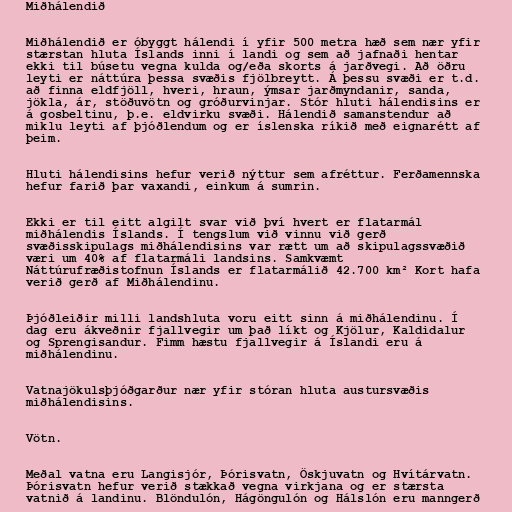
Miðhálendið

Miðhálendið er óbyggt hálendi í yfir 500 metra hæð sem nær yfir
stærstan hluta Íslands inni í landi og sem að jafnaði hentar
ekki til búsetu vegna kulda og/eða skorts á jarðvegi. Að öðru
leyti er náttúra þessa svæðis fjölbreytt. Á þessu svæði er t.d.
að finna eldfjöll, hveri, hraun, ýmsar jarðmyndanir, sanda,
jökla, ár, stöðuvötn og gróðurvinjar. Stór hluti hálendisins er
á gosbeltinu, þ.e. eldvirku svæði. Hálendið samanstendur að
miklu leyti af þjóðlendum og er íslenska ríkið með eignarétt af
þeim.

Hluti hálendisins hefur verið nýttur sem afréttur. Ferðamennska
hefur farið þar vaxandi, einkum á sumrin.

Ekki er til eitt algilt svar við því hvert er flatarmál
miðhálendis Íslands. Í tengslum við vinnu við gerð
svæðisskipulags miðhálendisins var rætt um að skipulagssvæðið
væri um 40% af flatarmáli landsins. Samkvæmt
Náttúrufræðistofnun Íslands er flatarmálið 42.700 km² Kort hafa
verið gerð af Miðhálendinu.

Þjóðleiðir milli landshluta voru eitt sinn á miðhálendinu. Í
dag eru ákveðnir fjallvegir um það líkt og Kjölur, Kaldidalur
og Sprengisandur. Fimm hæstu fjallvegir á Íslandi eru á
miðhálendinu.

Vatnajökulsþjóðgarður nær yfir stóran hluta austursvæðis
miðhálendisins.

Vötn.

Meðal vatna eru Langisjór, Þórisvatn, Öskjuvatn og Hvítárvatn.
Þórisvatn hefur verið stækkað vegna virkjana og er stærsta
vatnið á landinu. Blöndulón, Hágöngulón og Hálslón eru manngerð